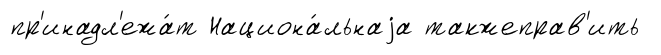
пр'инадл'ежа́т Национа́льнаjа такжеправ'ить